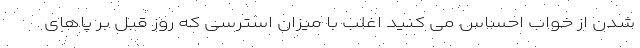
شدن از خواب احساس می کنید اغلب با میزان استرسی که روز قبل بر پاهای